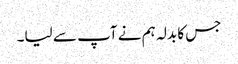
جس کا بدلہ ہم نے آپ سے لیا۔